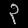
Digit: ၃